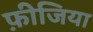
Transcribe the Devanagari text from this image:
फ़ीजिया